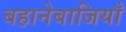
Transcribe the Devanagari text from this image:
बहानेबाजियाँ